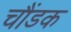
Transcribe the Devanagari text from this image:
चौंडक